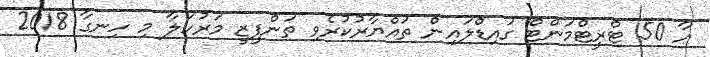
އާ 50 ޓްރީޓްމަންޓް ގައިޑްލައިން ތައްޔާރުކުރެވި ތަންފީޒީ މަރުހަލާ މި ހިނގާ 2018